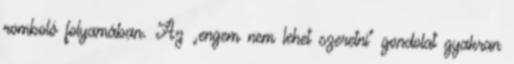
romboló folyamában. Az „engem nem lehet szeretni” gondolat gyakran